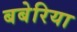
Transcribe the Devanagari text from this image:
बबेरिया